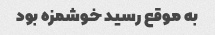
به موقع رسید خوشمزه بود